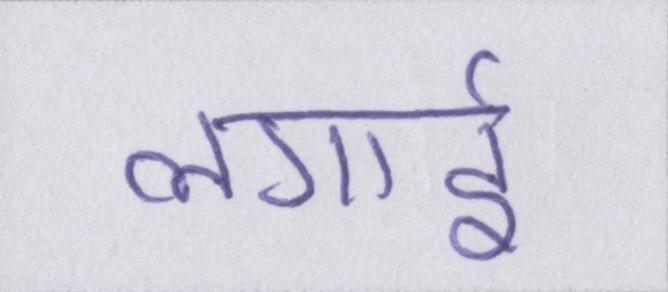
लगाई